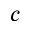
c